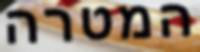
המטרה